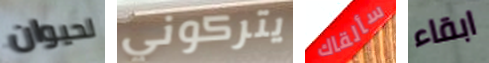
لحيوان يتركوني سألقاك ابقاء